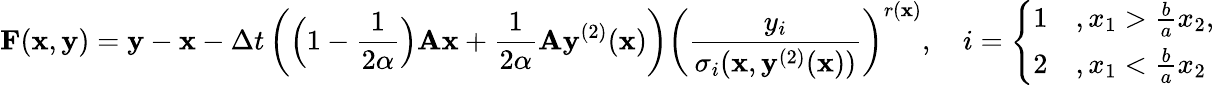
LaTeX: \mathbf F(\mathbf x,\mathbf y)=\mathbf y-\mathbf x-\Delta t\left(\Big(1-\frac{1}{2\alpha}\Big)\mathbf A\mathbf x+\frac{1}{2\alpha}\mathbf A\mathbf y^{(2)}(\mathbf x)\right)\left(\frac{y_{i}}{\sigma_{i}(\mathbf x,\mathbf y^{(2)}(\mathbf x))}\right)^{r(\mathbf x)},\quad i=\left\{ \begin{array}{ll}{1}&{,x_{1}>\frac{b}{a}x_{2},}\\ {2}&{,x_{1}<\frac{b}{a}x_{2}}\end{array}\right.